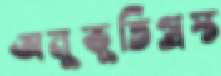
অনুভূতিগ্রস্ত